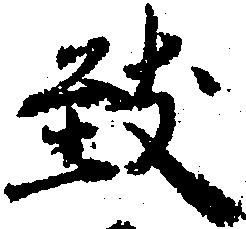
致